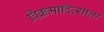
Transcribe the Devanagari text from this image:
विक्रमादित्याला